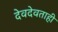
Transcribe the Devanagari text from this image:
देवदेवताही